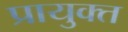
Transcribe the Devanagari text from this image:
प्रायुक्त